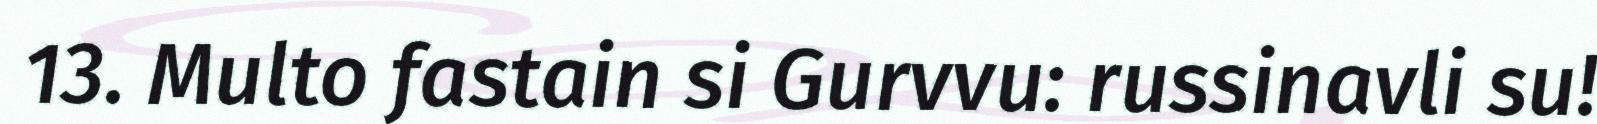
13. Multo fastain si Gurvvu: russinavli su!